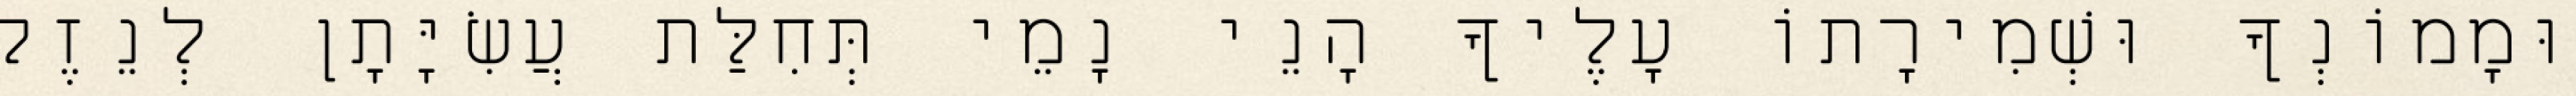
וּמָמוֹנְךָ וּשְׁמִירָתוֹ עָלֶיךָ הָנֵי נָמֵי תְּחִלַּת עֲשִׂיָּתָן לְנֵזֶק